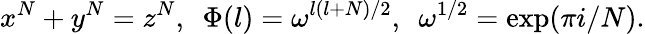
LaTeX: x^{N}+y^{N}=z^{N},~~\Phi(l)=\omega^{l(l+N)/2},~~\omega^{1/2}=\exp(\pi i/N).